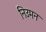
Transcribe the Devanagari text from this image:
निउमन